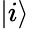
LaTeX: \left|i\right>